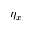
\eta _ { x }